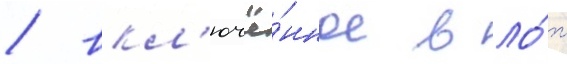
/ вкл'ючё́нное в ло́т